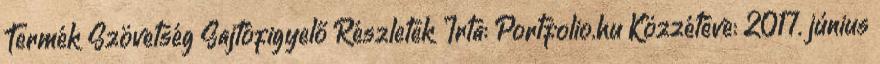
Termék Szövetség Sajtófigyelő Részletek Írta: Portfolio.hu Közzétéve: 2017. június